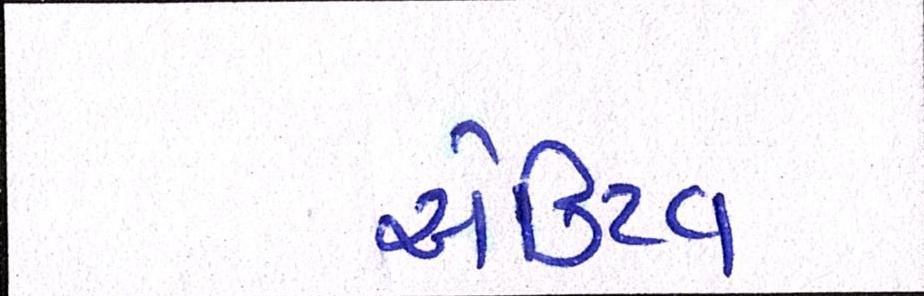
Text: એક્ટિવ